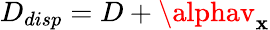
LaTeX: D_{disp}=D+\alphav_{\mathbf{x}}